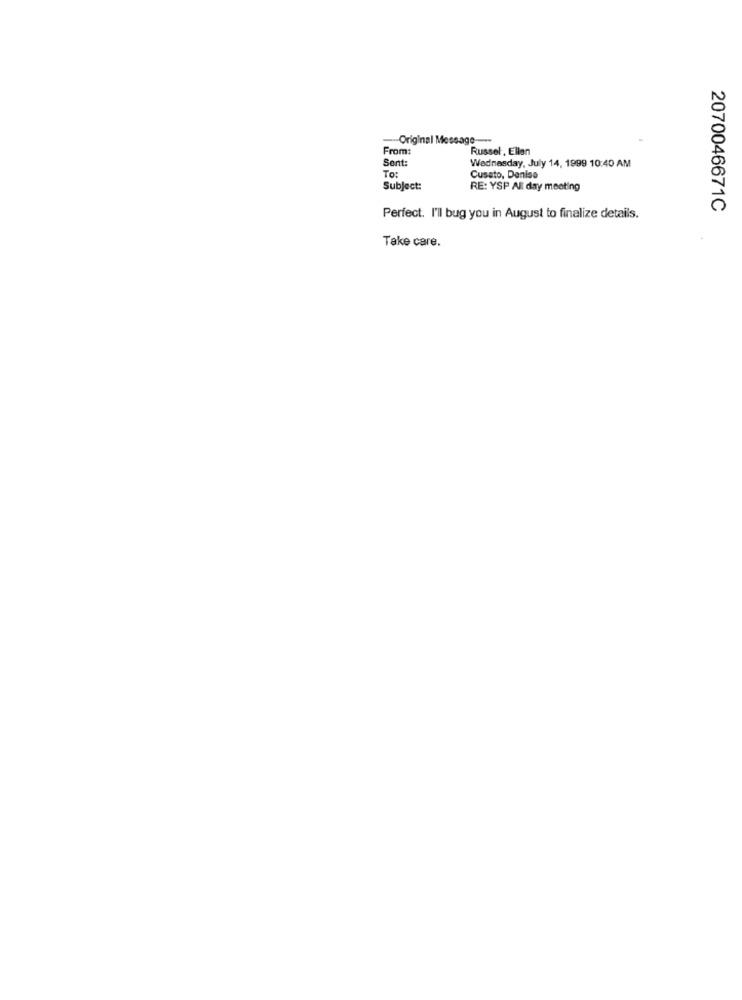
-Original Message -----
From:
Russel, Ellan
Sent:
Wednesday, July 14, 1999 10:40 AM
To:
Cusato, Denise
Subject:
RE: YSP All day meeting
2070046671C
Perfect. I'll bug you in August to finalize details.
Take care.